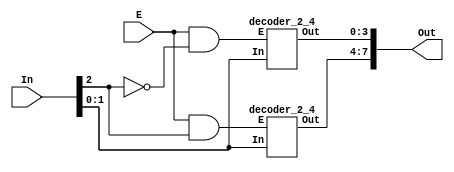
module decoder(E , In , Out);
    input E;                                        //
    input [2:0] In;                                 //
    output [7:0] Out;                               //
    wire E1 , G1 , G2;                              //
not u1(E1 , In[2]);                                 //In[2]notE1
and a1(G1 , E , In[2]);                             //EIn[2] AND G1
and a2(G2 , E , E1);                                //EE1 AND G2
decoder_2_4 block1(G1 , In[1 : 0] , Out[7 : 4]);    //Indecoder_2_4Out
decoder_2_4 block2(G2 , In[1 : 0] , Out[3 : 0]);    //Indecoder_2_4Out
endmodule

module decoder_2_4(E , In , Out);
    input E;                        //
    input [1:0] In;                 //
    output [3:0] Out;               //
    wire [3:0] Out;                 //
assign Out = E ? 4'b1 << In : 4'h0; //"0001"In"0000"
endmodule

// module decoder(E , In , Out);
// input E;                                //
// input [2:0] In;                         //
// output [7:0] Out;                       //
// wire [7:0] Out;                         //
// assign Out = E ? (8'b1 << In) : 8'h0;   //"00000001"In"00000000"
// endmodule